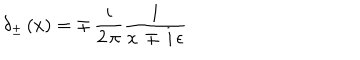
\delta _ { \pm } \, ( x ) = \mp \, { \frac { i } { 2 \, \pi } } { \frac { 1 } { x \, \mp \, i \, \epsilon } }